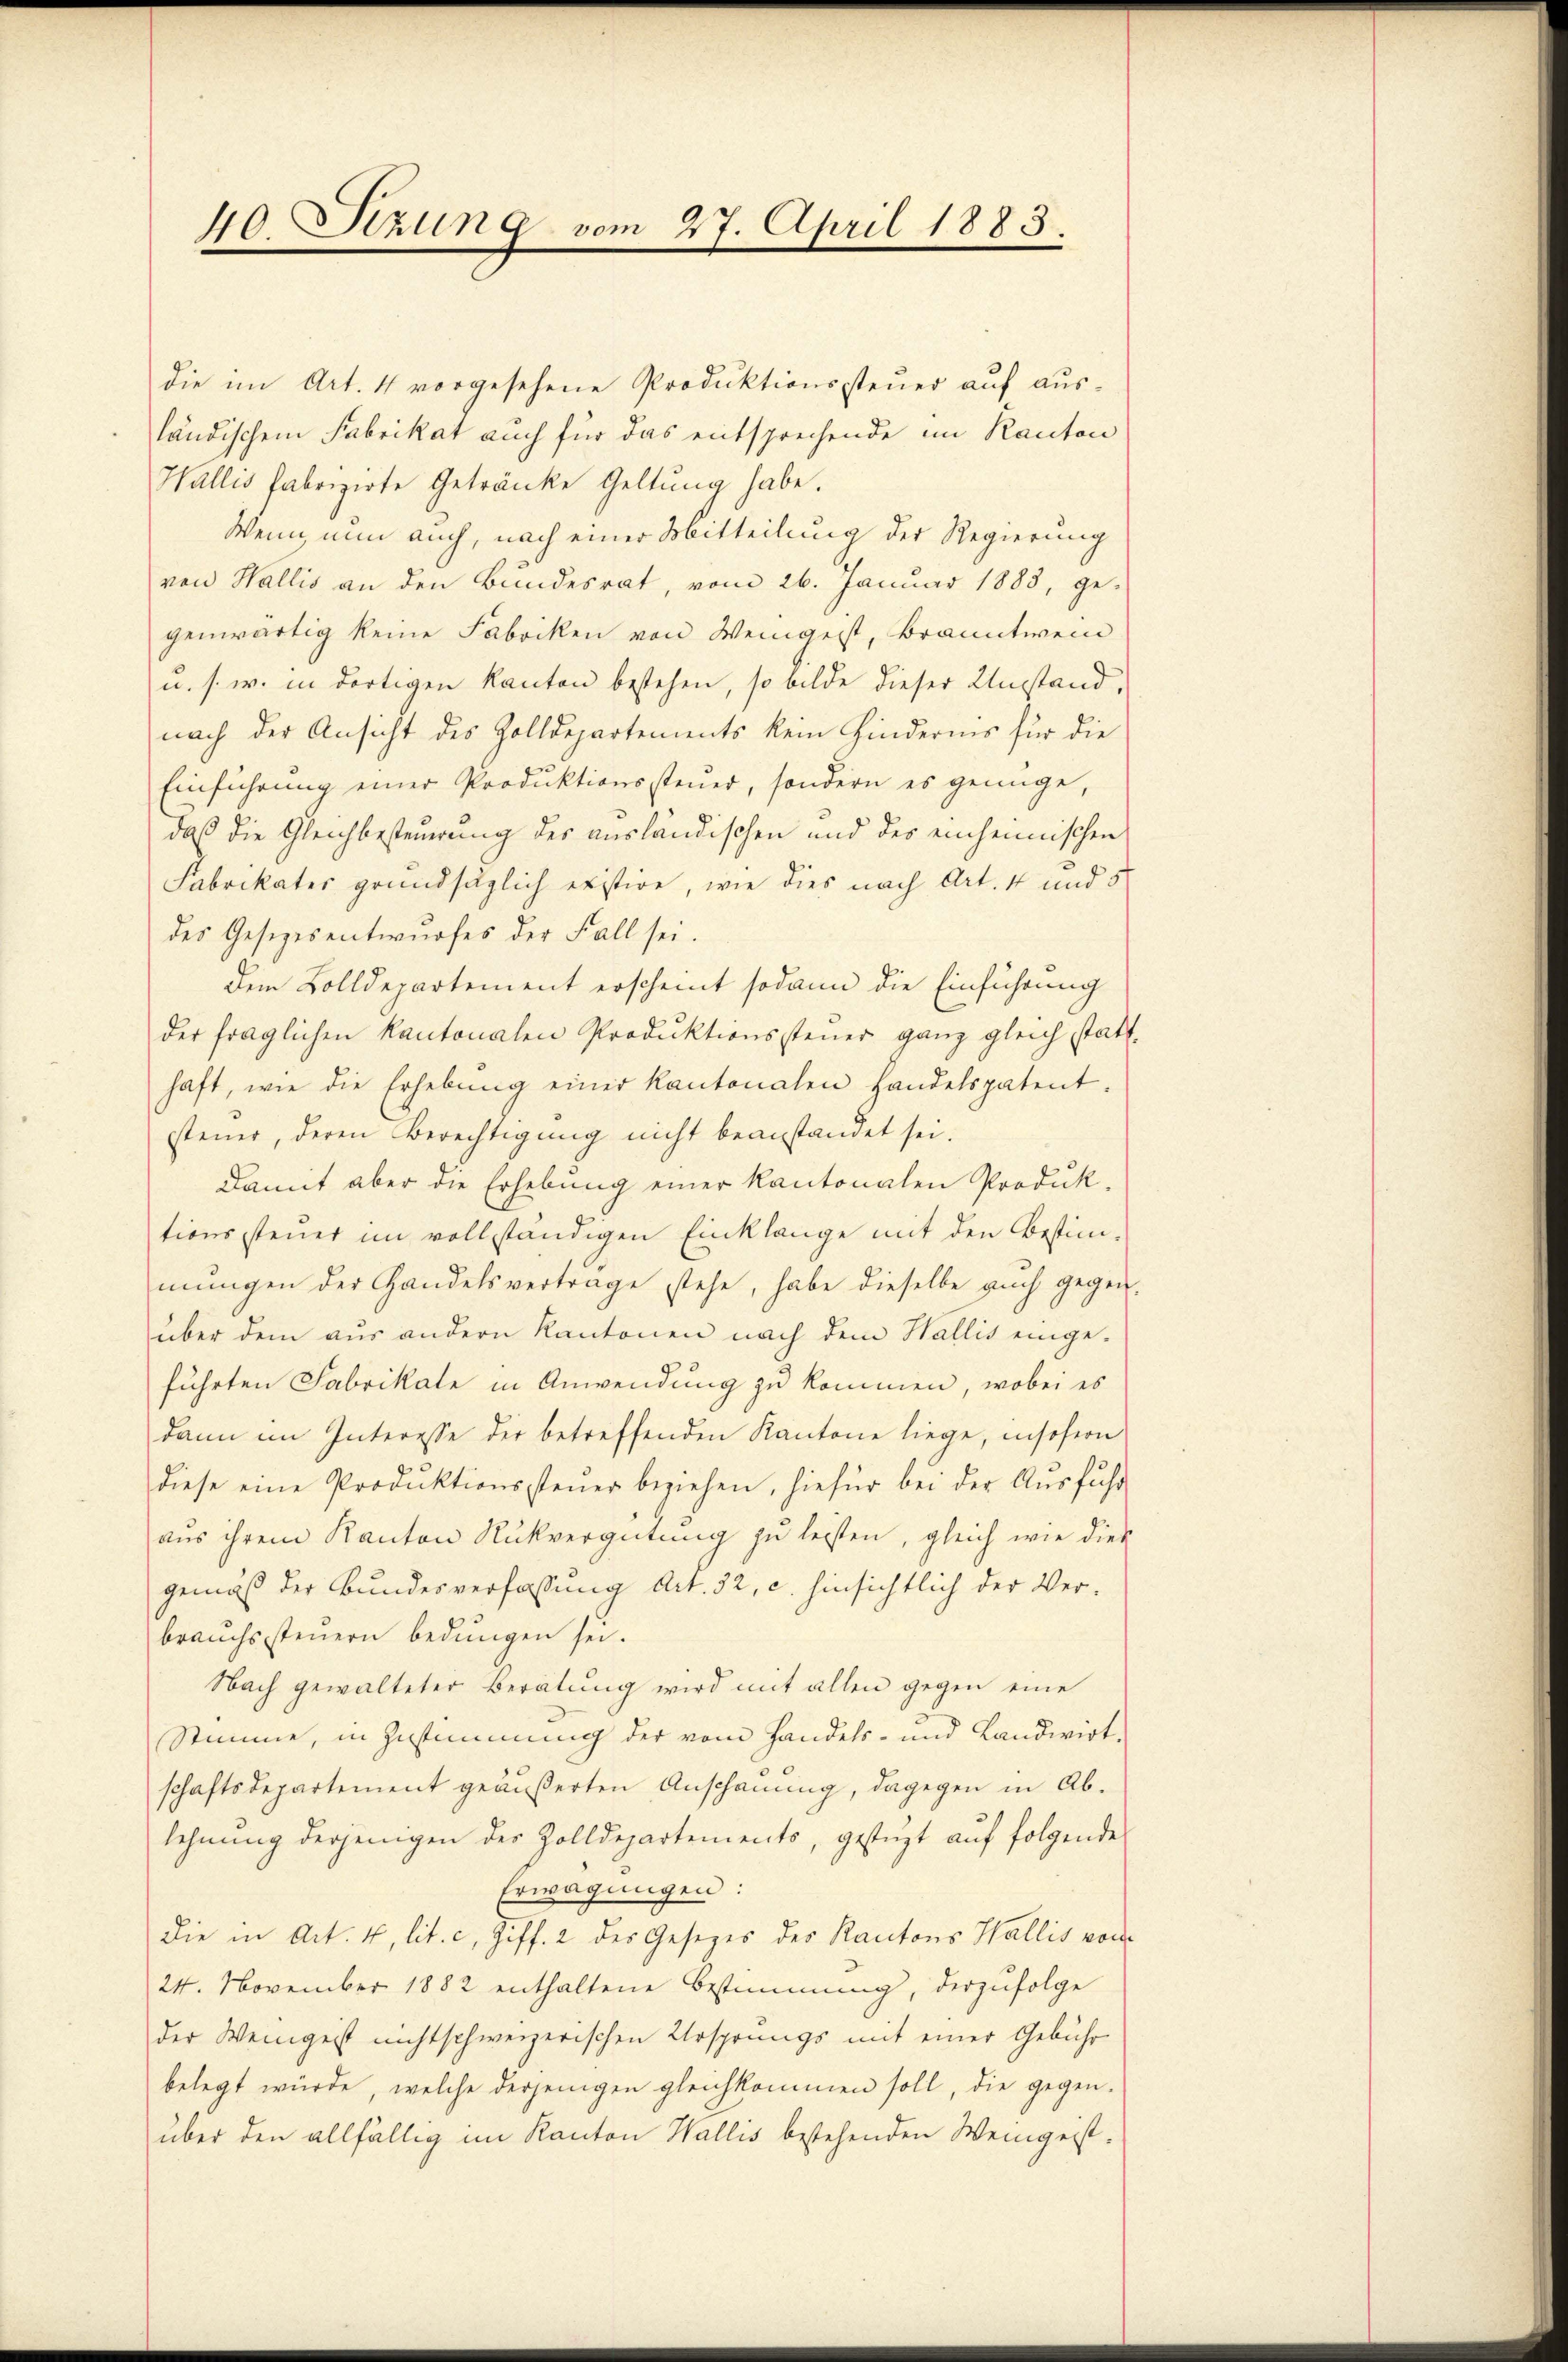
40 Sezung vom 27. April 1883.

die im Art. 4 vorgesehene Produktionssteuer auf ausländischem Fabrikat auch für das entsprechende im Kanton
Wallis fabrizirte Getränke Geltung habe.
Wenn nun auch, nach einer Mitteilung der Regierung
von Wallis an den Bundesrat, vom 26. Januar 1883, ge-
genwärtig keine Fabriken von Weingest, Branntwein
u. s. w. in dortigen Kanton bestehen, so bilde dieser Umstand,
nach der Ansicht des Zolldepartements kein Hinderins für die
Einführung einer Produktionssteŭer, sondern es genüge,
daß die Gleichbesteuerung des ausländischen und des einheimischen
Fabrikater grundsäglich existire, wie dies nach Art. 4 und 5
des Gesezesentwurfes der Fall sei.
dem Zolldepartement erscheint sodann die Einführung
der fraglichen Kantonalen Produktionssteŭer ganz gleich statthaft, wie die Erhebŭng einer Kantonalen handelspatent.
steuer, deren Berechtigung nicht beanstandet sei.
Damit aber die Erhebung einer Kantonalen Produk
tionssteuer im vollständigen Einklange mit den Bestimmŭngen der Handelsvertrage stehe, habe dieselbe aŭch gegen-
über dem aŭs andern Kantonen nach dem Wallis einge-
führten Fabrikate in Anwendung zu kommen, wobei es
dann im Interesse der betreffenden Kantone liege, insofern
diese eine Produktionssteŭer beziehen, hiefür bei der Aŭsführ
aus ihrem Kanton Rückvergütung zu leisten, gleich wie dies
gemäß der Bundesverfassung Art. 32, c. hinsichtlich der Verbrauchssteuern bedungen sei.
Nach gewalteter Beratung wird mit allen gegen eine
Stimme, in Zustimmung der vom Handels- und Landwirt-
schaftsdepartement geäußerten Anschauung, dagegen in Ablehnŭng derjenigen der Zolldepartements, gestüzt auf folgende
Erwägungen:
die in Art. 4, lit. c. geff. 2 des Gesetzes des Kantons Wallis von
24. November 1882 enthaltene Bestimmung, derzufolge
der Weingest nicht schweizerischen Ursprungs mit einer Gebühr
belegt würde, welche derjenigen gleichkommen soll, die gegenüber den allfällig im Kanton Wallis bestehenden Weingeist¬